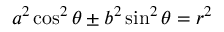
{ a ^ { 2 } } \cos ^ { 2 } \theta \pm { b ^ { 2 } } \sin ^ { 2 } \theta = r ^ { 2 }